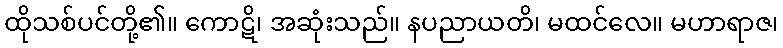
ထိုသစ်ပင်တို့၏။ ကောဋိ၊ အဆုံးသည်။ နပညာယတိ၊ မထင်လေ။ မဟာရာဇ၊